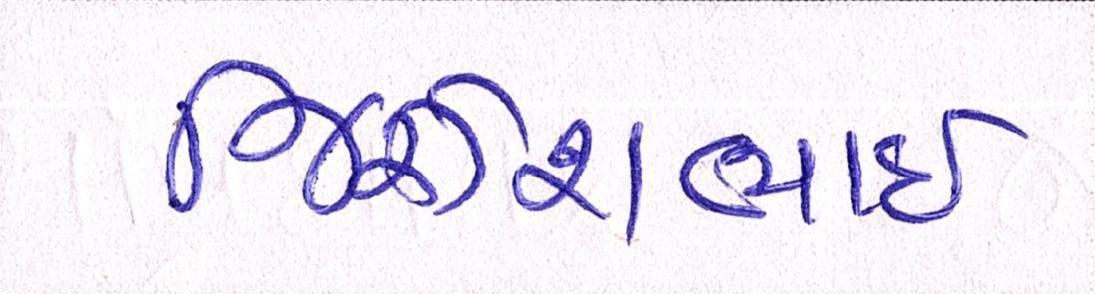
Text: જિજ્ઞેશભાઇ